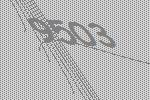
9503